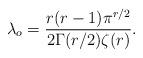
LaTeX: \begin{align*}\displaystyle\lambda_o=\frac{r(r-1)\pi^{r/2}}{2\Gamma(r/2)\zeta(r)}.\end{align*}